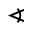
\sphericalangle